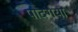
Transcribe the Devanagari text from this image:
पादगया